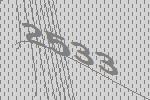
2533